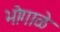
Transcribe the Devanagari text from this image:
भोगाळे